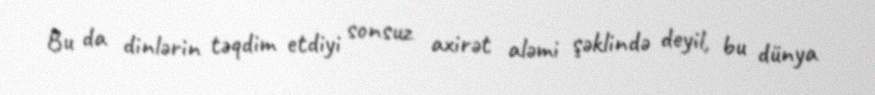
Bu da dinlərin təqdim etdiyi sonsuz axirət aləmi şəklində deyil, bu dünya